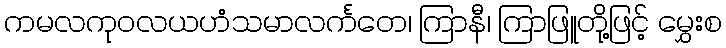
ကမလကုဝလယဟံသမာလင်္ကတေ၊ ကြာနီ၊ ကြာဖြူတို့ဖြင့် မွှေးစ